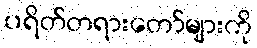
ပရိတ်တရားတော်များကို